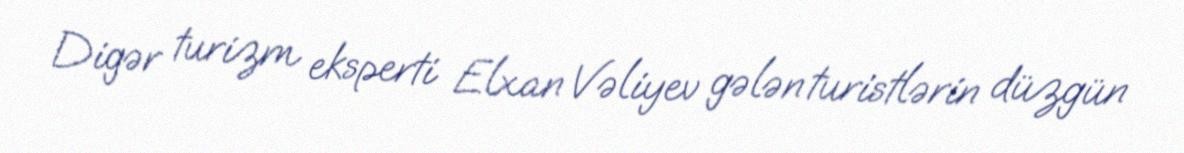
Digər turizm eksperti Elxan Vəliyev gələn turistlərin düzgün